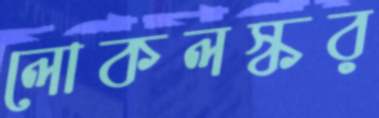
লোকলস্কর